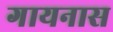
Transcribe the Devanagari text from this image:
गायनास